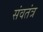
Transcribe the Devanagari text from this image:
संवतंत्र